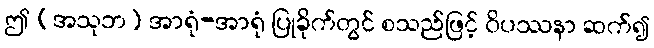
ဤ [အသုဘ] အာရုံ-အာရုံ ပြုခိုက်တွင် စသည်ဖြင့် ဝိပဿနာ ဆက်၍